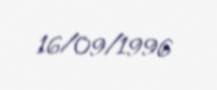
16/09/1996